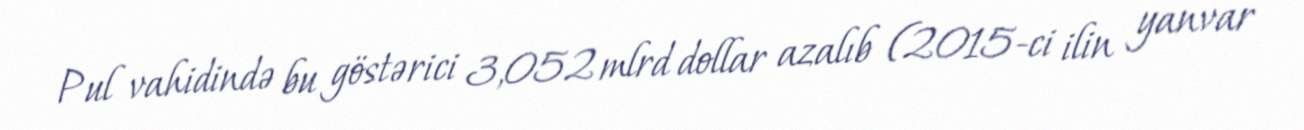
Pul vahidində bu göstərici 3,052 mlrd dollar azalıb (2015-ci ilin yanvar